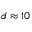
d \approx 1 0